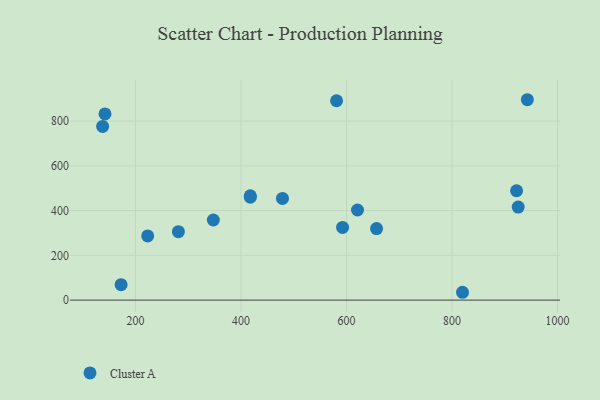
{"axis": {"x": "Price", "y": "Exam Score"}, "legend": ["Cluster A"], "data": [{"x": "223.2", "y": 286.6, "type": "Cluster A"}, {"x": "581.1", "y": 890.7, "type": "Cluster A"}, {"x": "347.6", "y": 357.9, "type": "Cluster A"}, {"x": "922.2", "y": 488.6, "type": "Cluster A"}, {"x": "478.6", "y": 454.3, "type": "Cluster A"}, {"x": "417.6", "y": 466.3, "type": "Cluster A"}, {"x": "819.8", "y": 35.0, "type": "Cluster A"}, {"x": "592.5", "y": 324.5, "type": "Cluster A"}, {"x": "417.7", "y": 460.0, "type": "Cluster A"}, {"x": "142.3", "y": 831.6, "type": "Cluster A"}, {"x": "656.9", "y": 319.5, "type": "Cluster A"}, {"x": "925.3", "y": 415.5, "type": "Cluster A"}, {"x": "281.4", "y": 305.7, "type": "Cluster A"}, {"x": "172.8", "y": 69.1, "type": "Cluster A"}, {"x": "942.7", "y": 895.2, "type": "Cluster A"}, {"x": "137.8", "y": 776.1, "type": "Cluster A"}, {"x": "620.8", "y": 402.5, "type": "Cluster A"}]}